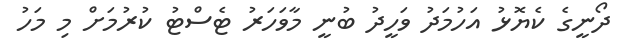
ދޯނީގެ ކެޔޮޅު އަހުމަދު ވަހީދު ބުނީ މާވަހަރު ޓެސްޓު ކުރުމަށް މި މަހު